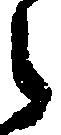
々